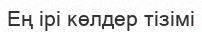
Ең ірі көлдер тізімі